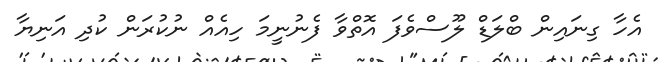
އެހާ ގިނައިން ބްލަޑް ލޫސްވެފަ އޮތްވާ ފެނުނީމަ ހިއެއް ނުކުރަން ކުދި އަނިޔާ